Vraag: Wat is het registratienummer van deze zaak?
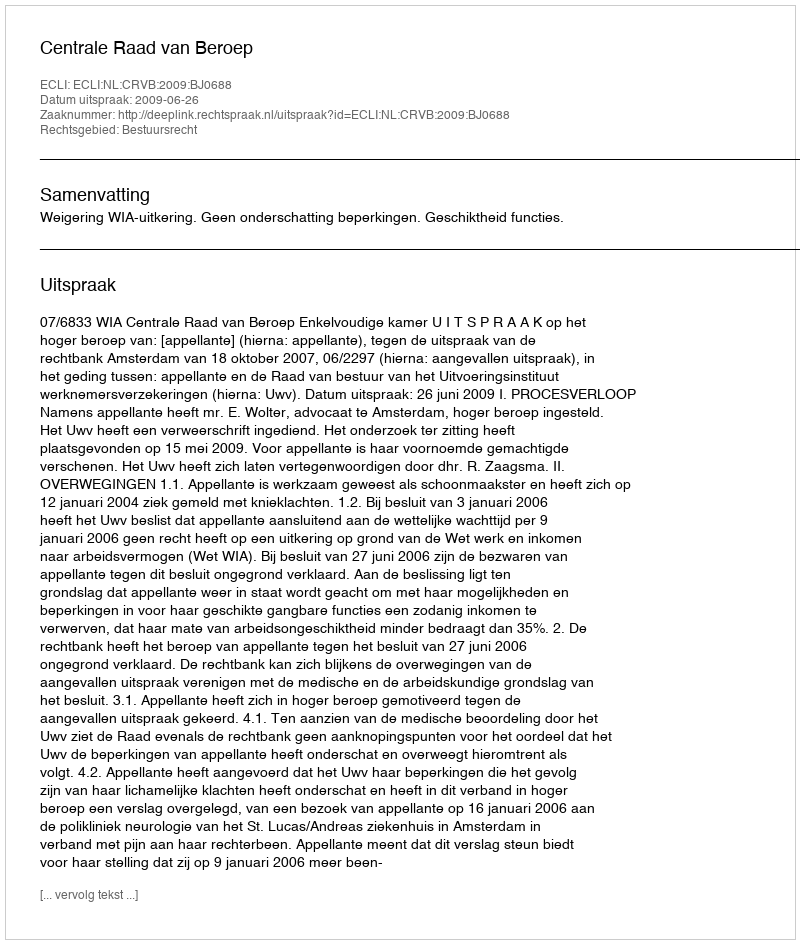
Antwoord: http://deeplink.rechtspraak.nl/uitspraak?id=ECLI:NL:CRVB:2009:BJ0688